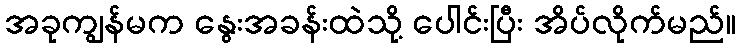
အခုကျွန်မက နွေးအခန်းထဲသို့ ပေါင်းပြီး အိပ်လိုက်မည်။